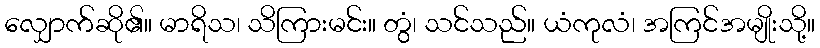
လျှောက်ဆို၏။ မာရိသ၊ သိကြားမင်း။ တွံ၊ သင်သည်။ ယံကုလံ၊ အကြင်အမျိုးသို့။